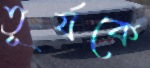
তূর্যকে